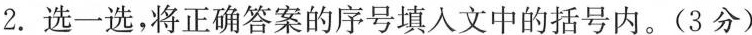
2. 选一选，将正确答案的序号填入文中的括号内。(3分)